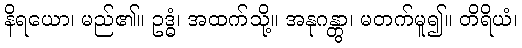
နိရယော၊ မည်၏။ ဥဒ္ဓံ၊ အထက်သို့။ အနုဂန္တွာ၊ မတက်မူ၍။ တိရိယံ၊